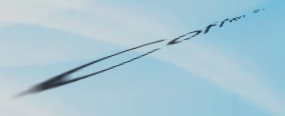
Coffee Shop